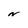
Character: N